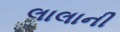
લાલાની